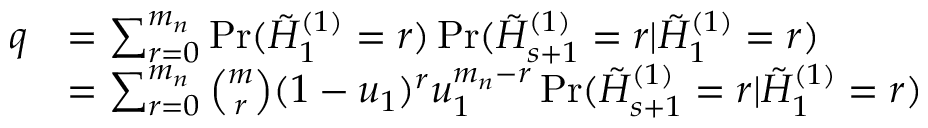
\begin{array} { r l } { q } & { = \sum _ { r = 0 } ^ { m _ { n } } \operatorname* { P r } ( \tilde { { H } } _ { 1 } ^ { ( 1 ) } = r ) \operatorname* { P r } ( \tilde { { H } } _ { s + 1 } ^ { ( 1 ) } = r | \tilde { { H } } _ { 1 } ^ { ( 1 ) } = r ) } \\ & { = \sum _ { r = 0 } ^ { m _ { n } } \binom { m } { r } ( 1 - u _ { 1 } ) ^ { r } u _ { 1 } ^ { m _ { n } - r } \operatorname* { P r } ( \tilde { { H } } _ { s + 1 } ^ { ( 1 ) } = r | \tilde { { H } } _ { 1 } ^ { ( 1 ) } = r ) } \end{array}